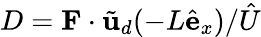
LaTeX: {D}={\mathbf F}\cdot\tilde{\mathbf{u}}_{d}(-L\hat{\mathbf{e}}_{x})/\hat{U}